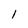
Character: 1